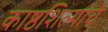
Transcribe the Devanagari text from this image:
काष्ठशिल्पांचे